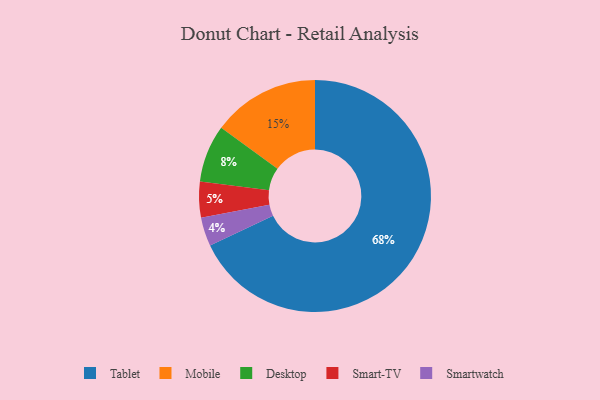
{"axis": {"x": "Category", "y": "Percentage"}, "legend": ["Desktop", "Mobile", "Smart-TV", "Smartwatch", "Tablet"], "data": [{"x": "Mobile", "y": 15, "type": "Mobile"}, {"x": "Tablet", "y": 68, "type": "Tablet"}, {"x": "Desktop", "y": 8, "type": "Desktop"}, {"x": "Smart-TV", "y": 5, "type": "Smart-TV"}, {"x": "Smartwatch", "y": 4, "type": "Smartwatch"}]}